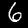
Label: 6